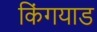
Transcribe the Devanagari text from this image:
किंगयाड